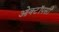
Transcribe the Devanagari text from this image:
ओक्टॉपसी